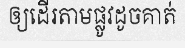
ឲ្យដើរតាមផ្លូវដូចគាត់